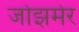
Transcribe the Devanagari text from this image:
जोझमेर